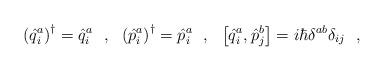
LaTeX: \begin{align*}\left(\hat{q}^a_i\right)^\dagger=\hat{q}^a_i\ \ ,\ \ \left(\hat{p}^a_i\right)^\dagger=\hat{p}^a_i\ \ ,\ \ \left[\hat{q}^a_i,\hat{p}^b_j\right]=i\hbar\delta^{ab}\delta_{ij}\ \ ,\end{align*}